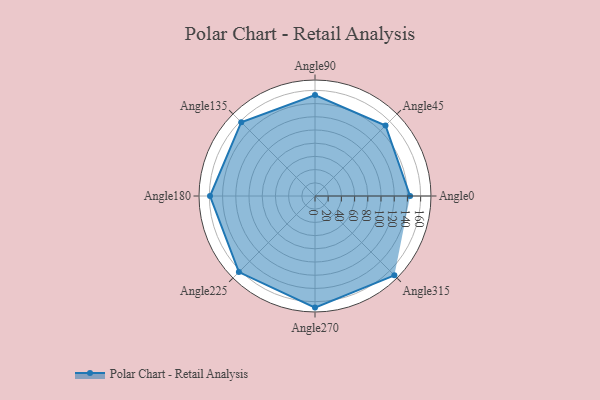
{"axis": {"x": "Angle", "y": "Radius"}, "legend": [""], "data": [{"x": "Angle0", "y": 144.0, "type": ""}, {"x": "Angle45", "y": 151.0, "type": ""}, {"x": "Angle90", "y": 153.0, "type": ""}, {"x": "Angle135", "y": 158.0, "type": ""}, {"x": "Angle180", "y": 159.0, "type": ""}, {"x": "Angle225", "y": 163.0, "type": ""}, {"x": "Angle270", "y": 169.0, "type": ""}, {"x": "Angle315", "y": 170, "type": ""}]}